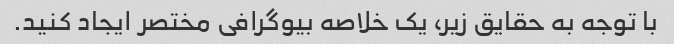
با توجه به حقایق زیر، یک خلاصه بیوگرافی مختصر ایجاد کنید.